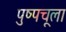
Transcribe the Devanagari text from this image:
पुष्पचूला